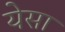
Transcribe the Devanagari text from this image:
येसा